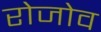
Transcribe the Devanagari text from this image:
रोजोव